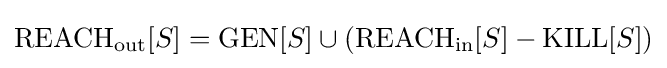
{\rm {REACH}}_{\rm {out}}[S]={\rm {GEN}}[S]\cup ({\rm {REACH}}_{\rm {in}}[S]-{\rm {KILL}}[S])